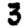
Digit: 3